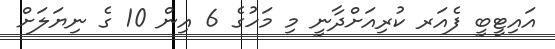
އައިޓީބީ ފެއަރ ކުރިއަށްދާނީ މި މަހުގެ 6 އިން 10 ގެ ނިޔަލަށް